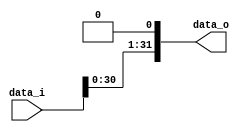


module Shift_Left_One_64(
    data_i,
    data_o
    );

//I/O ports                    
input [64-1:0] data_i;
output [32-1:0] data_o;
//wire [64-1:0] data_o;


//shift left 1
assign data_o[31:1]= data_i[30:0] ;
assign data_o[0]= 1'b0 ;
  
endmodule